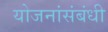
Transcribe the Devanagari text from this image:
योजनांसंबंधी